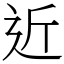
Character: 近